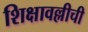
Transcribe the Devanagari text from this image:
शिक्षावल्लीची